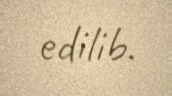
edilib.